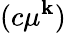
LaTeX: (c\mu^{\mathbf{k}})